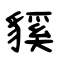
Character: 貕